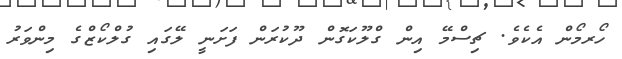
ހޯރމޯން އެކެވެ. ޗިސްމޭ އިން ގްލޫކަގޮން ދޫކުރަން ފަށަނީ ލޭގައި ގުލްކޯޒްގެ މިންވަރު